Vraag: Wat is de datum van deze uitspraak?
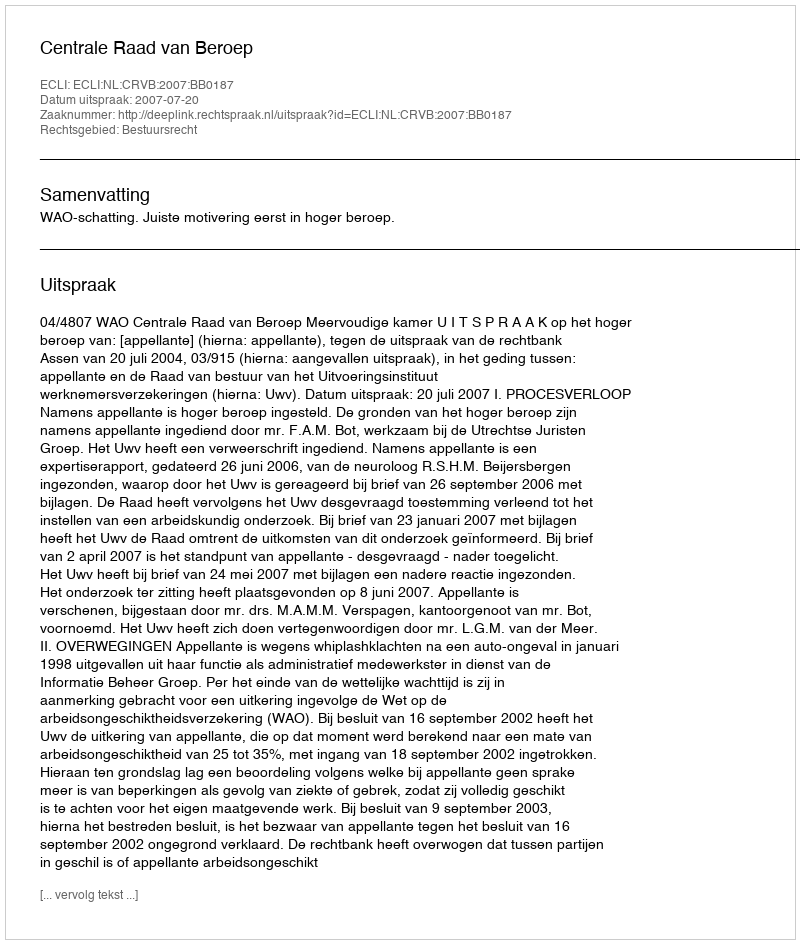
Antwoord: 2007-07-20